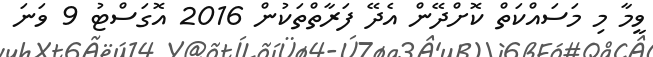
ވީމާ މި މަސައްކަތް ކޮށްދޭން އެދޭ ފަރާތްތަކުން 2016 އޮގަސްޓު 9 ވަނަ